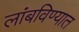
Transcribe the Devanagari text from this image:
लांबविण्यात